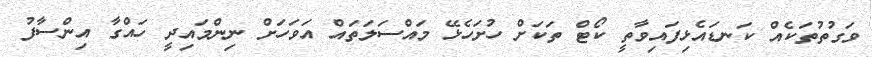
ވަގުތުތަކެއް ކަނޑައެޅިފައިވާތީ ކޯޓް ތަކަށް ހުށަހެޅޭ މައްސަލަތައް އަވަހަށް ނިންމައިދީ ހައްގާ އިންސާފު